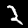
Label: 2